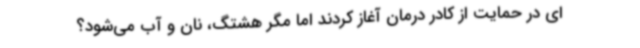
ای در حمایت از کادر درمان آغاز کردند اما مگر هشتگ، نان و آب می‌شود؟